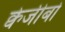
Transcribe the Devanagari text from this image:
क्वेजीबो